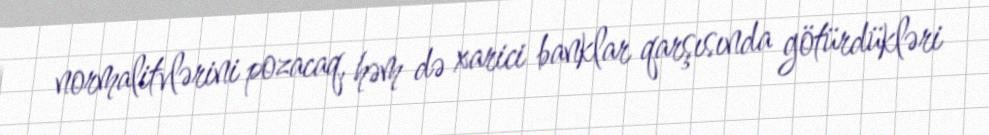
normalitvlərini pozacaq, həm də xarici banklar qarşısında götürdükləri